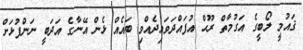
ޤައުމީ ލޯބީގެ އަގުމާތް ރޫޙް އުފައްދަވައިދެއްވި ބައެއް ޅެން އޭނާގެ އަދަބީ ނަންފުޅަށް